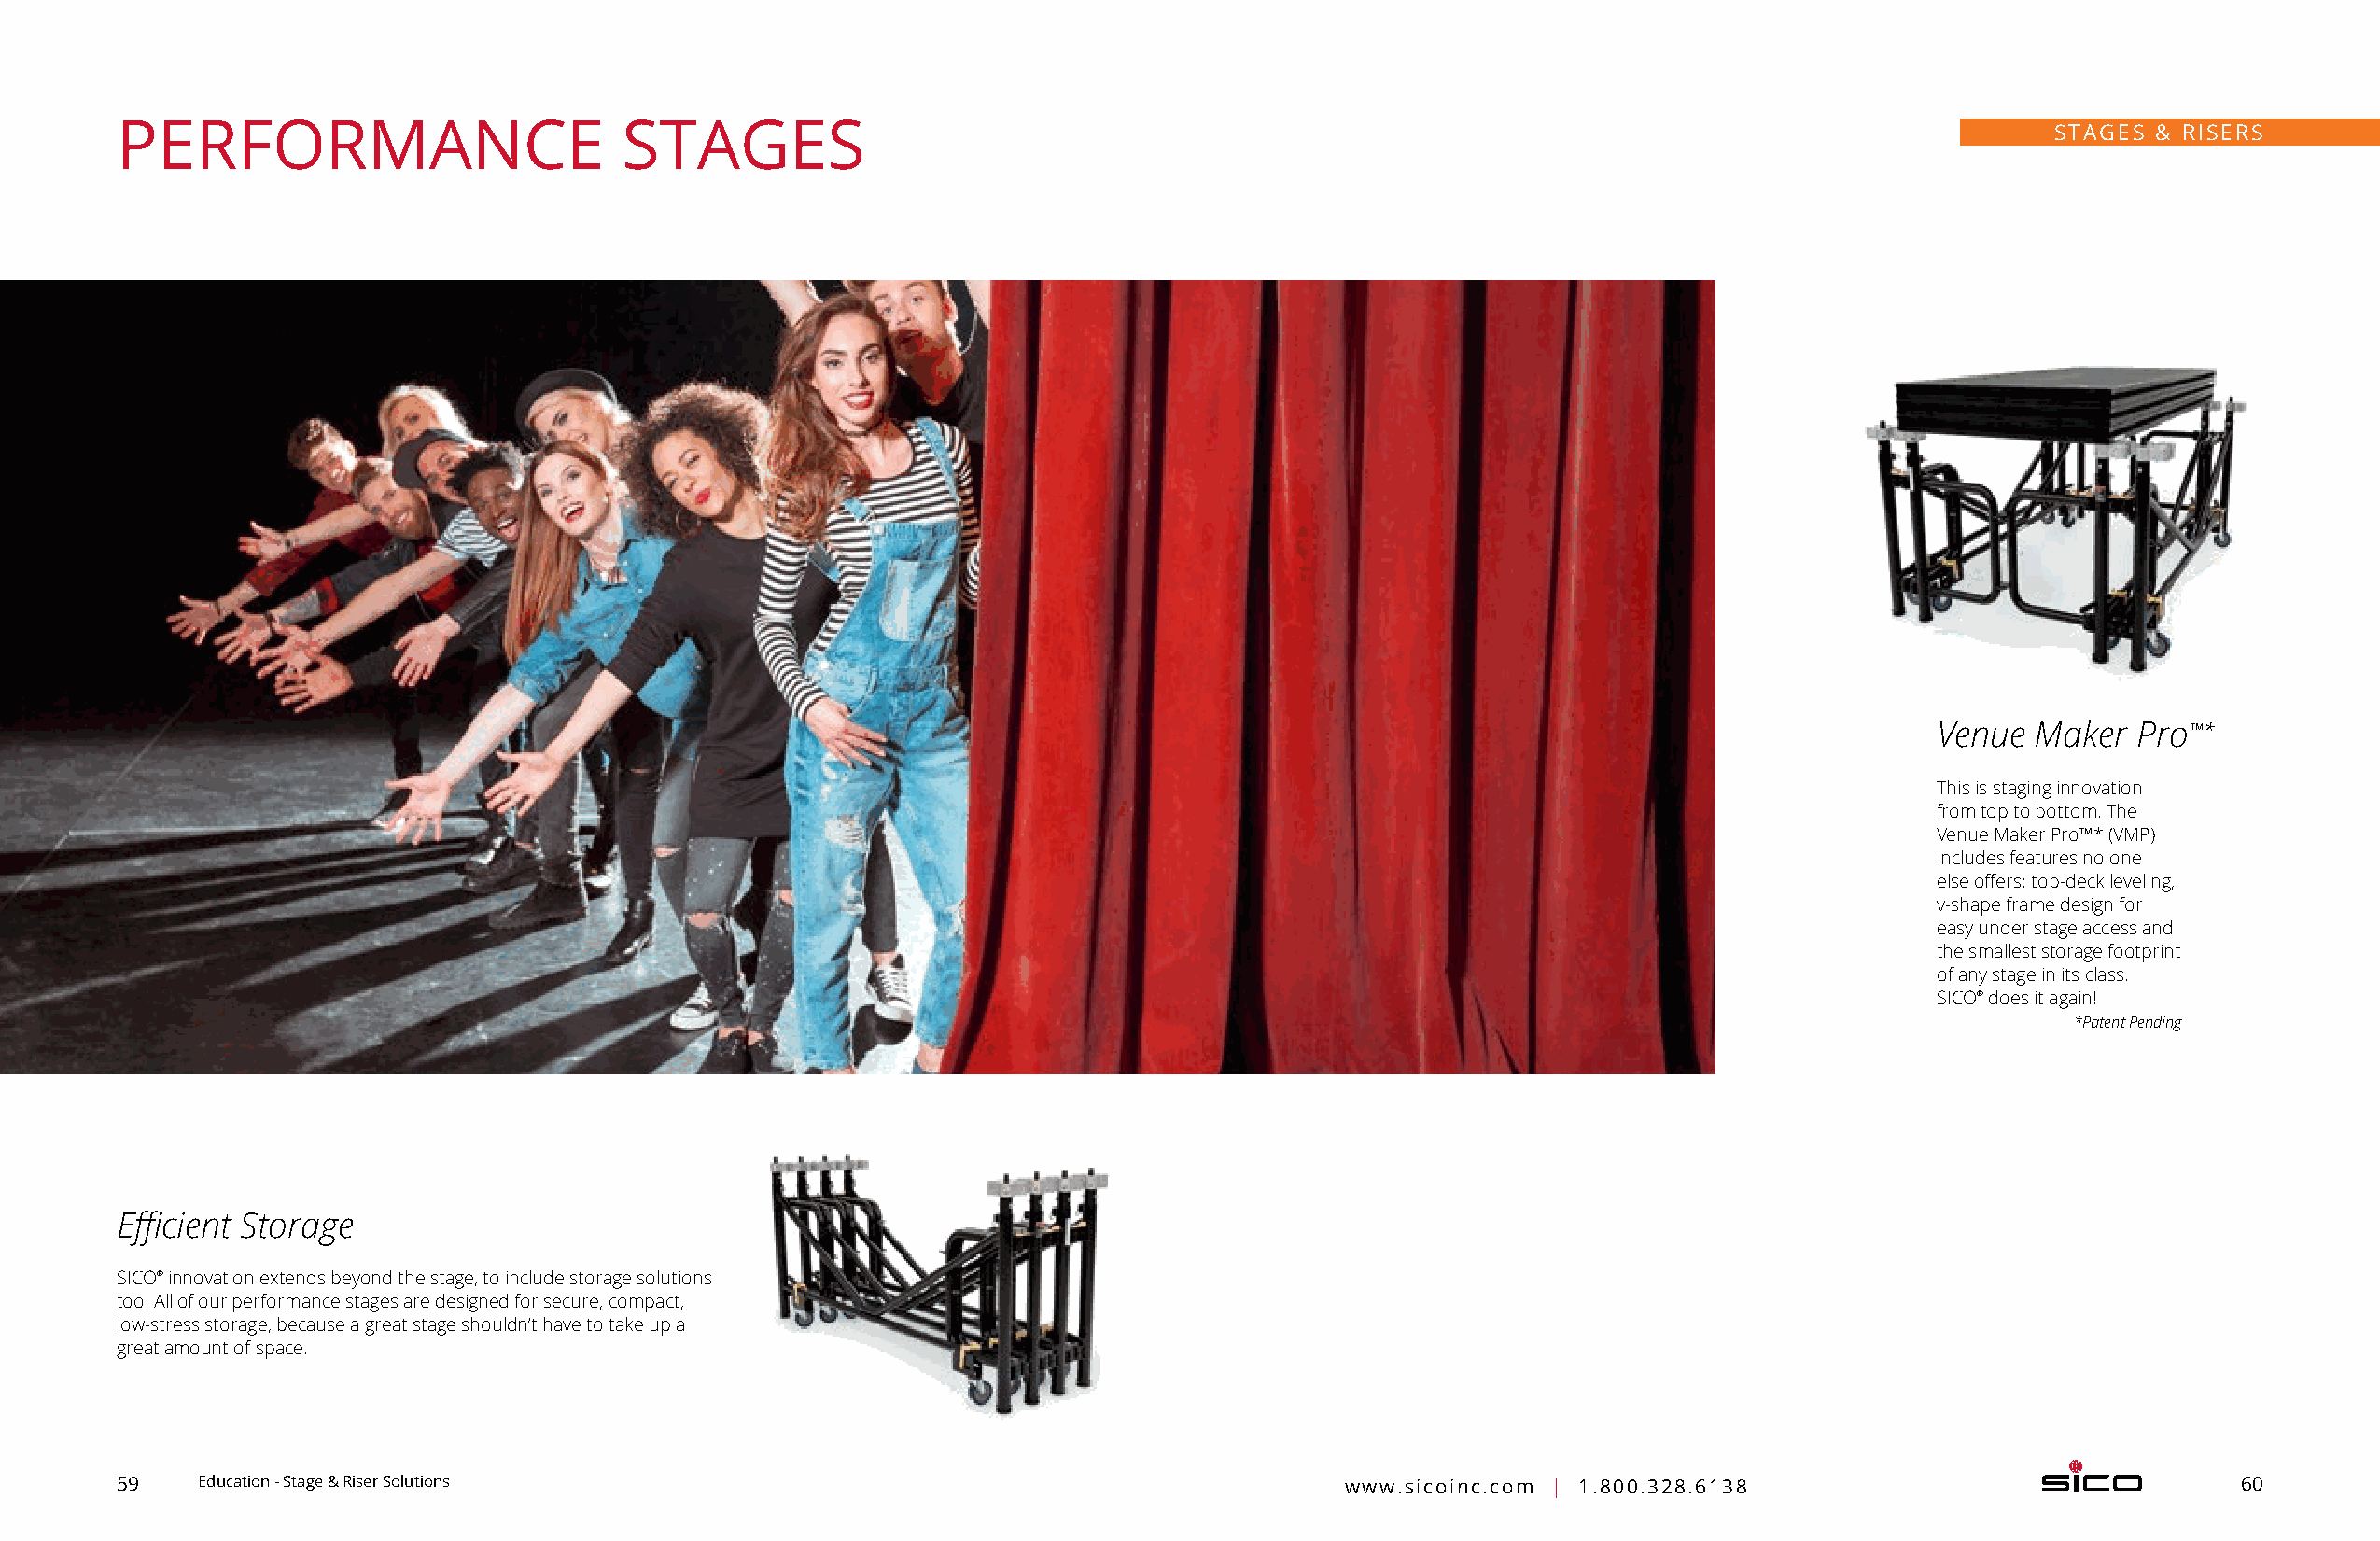
PERFORMANCE                         STAGES                                                                                                STAGES & RISERS
 Venue  Maker   Pro™*
 This is staging innovation
 from top to bottom. The
 Venue Maker Pro™* (VMP)
 includes features no one
 else offers: top-deck leveling,
 v-shape frame design for
 easy under stage access and
 the smallest storage footprint
 of any stage in its class.
 SICO® does it again!
 *Patent Pending
 Efficient Storage
 SICO® innovation extends beyond the stage, to include storage solutions
 too. All of our performance stages are designed for secure, compact,
 low-stress storage, because a great stage shouldn’t have to take up a
 great amount of space.
 59    Education - Stage & Riser Solutions                                              www.sicoinc.com | 1.800.328.6138                                60